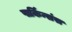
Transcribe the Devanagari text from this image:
पार्किन्संस